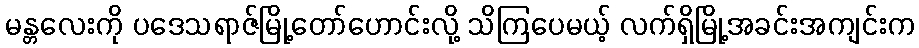
မန္တလေးကို ပဒေသရာဇ်မြို့တော်ဟောင်းလို့ သိကြပေမယ့် လက်ရှိမြို့အခင်းအကျင်းက